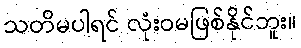
သတိမပါရင် လုံးဝမဖြစ်နိုင်ဘူး။